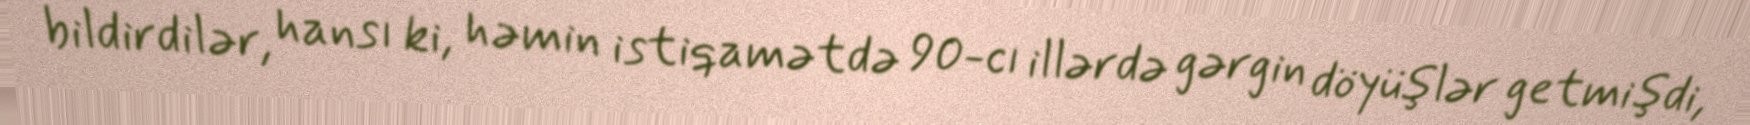
bildirdilər, hansı ki, həmin istiqamətdə 90-cı illərdə gərgin döyüşlər getmişdi,